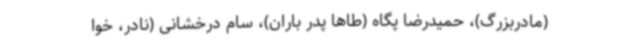
(مادربزرگ)، حمیدرضا پگاه (طاها پدر باران)، سام درخشانی (نادر، خوا